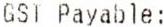
GST PAYABLE: